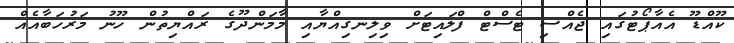
ކޫއްޑޫ އެއާޕޯޓުގައި ޖެއްސި ޓެސްޓް ފްލައިޓަށް ވިލިނގިއްޔާއި މާމަންދޫގެ ރައްޔިތުން ހޫނު މަރުހަބާއެއް